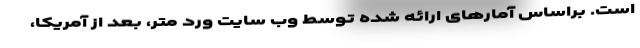
است. براساس آمارهای ارائه شده توسط وب سایت ورد متر، بعد از آمریکا،